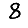
Digit: 8